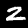
Label: 2